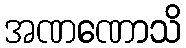
အဏဏောသိ